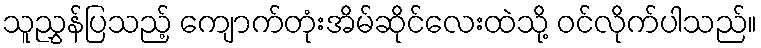
သူညွှန်ပြသည့် ကျောက်တုံးအိမ်ဆိုင်လေးထဲသို့ ဝင်လိုက်ပါသည်။